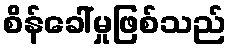
စိန်ခေါ်မှုဖြစ်သည်